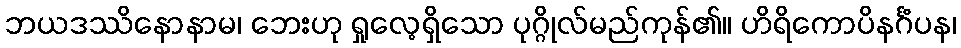
ဘယဒဿိနောနာမ၊ ဘေးဟု ရှုလေ့ရှိသော ပုဂ္ဂိုလ်မည်ကုန်၏။ ဟိရိကောပိနင်္ဂံပန၊